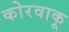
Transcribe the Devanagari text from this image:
कोरवाकू